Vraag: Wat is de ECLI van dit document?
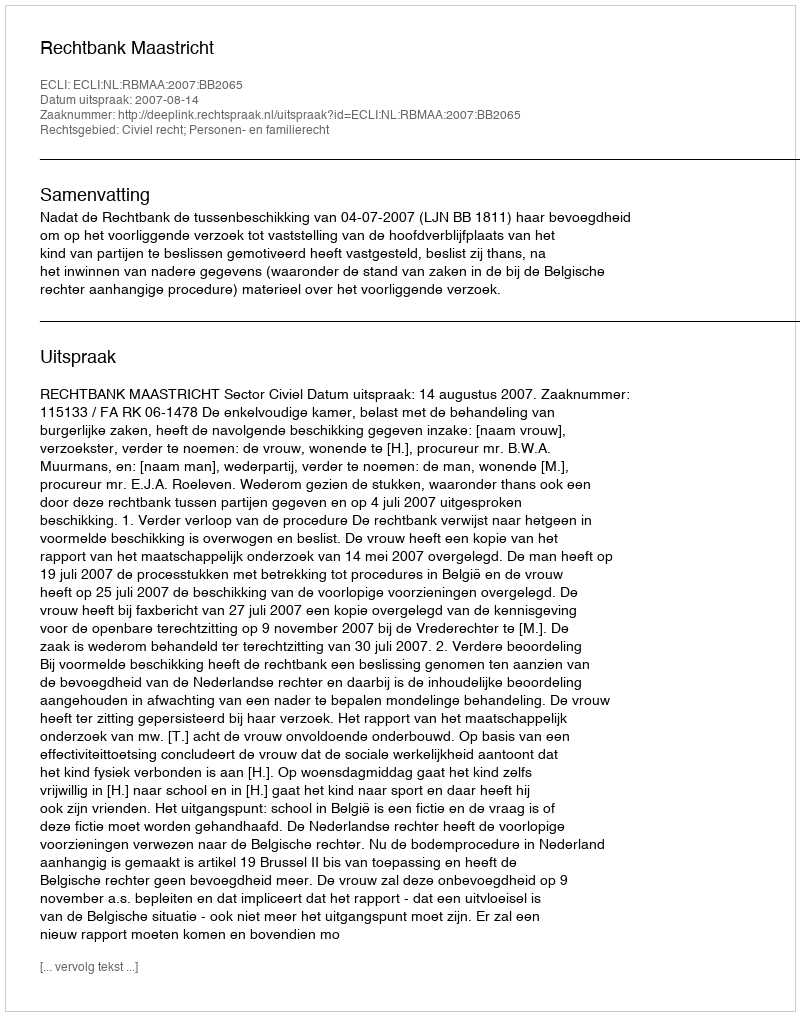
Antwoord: ECLI:NL:RBMAA:2007:BB2065